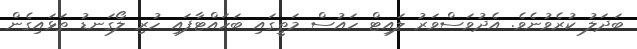
ބަދަލު ކުރެވުނެވެ. އެދުވަސްވަރު ލައިޓް ހައުސް މަތީގައި ބަހައްޓާފައި ހުރި ލޯގަނޑު ތަޅައިގެން